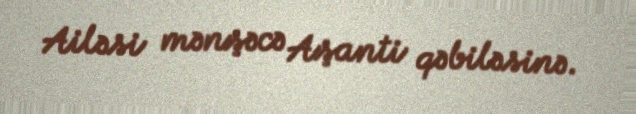
Ailəsi mənşəcə Aşanti qəbiləsinə.